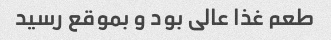
طعم غذا عالی بود و بموقع رسید